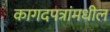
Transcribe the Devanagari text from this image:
कागदपत्रांमधील